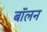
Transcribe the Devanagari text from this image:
बॉलन